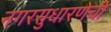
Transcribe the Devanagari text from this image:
नगरसुधारणेची